Insane asylums Bombay 1873-77 - 1873-1877
Year: 1873
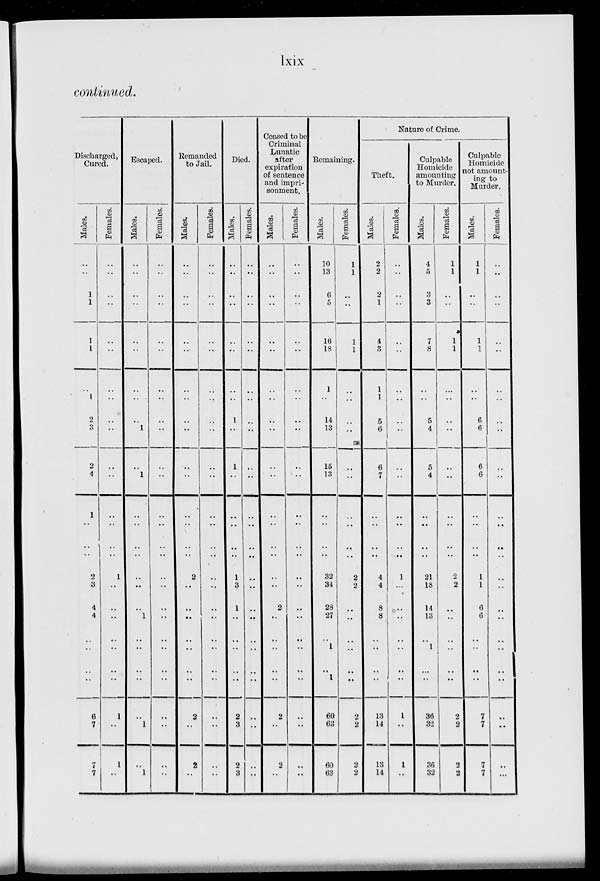
lxix
continued.
Discharged,
Cured.
Males.
..
..
1
1
..
1
1
..
1
2
3
2
4
1
..
..
..
2
3
4
4
..
..
..
..
6
7
7
7
Females.
..
..
..
..
..
..
..
..
..
..
..
..
..
..
..
..
..
1
..
..
..
..
..
..
..
1
..
1
..
Escaped.
Males.
..
..
..
..
..
..
..
..
..
..
1
..
1
..
..
..
..
..
..
..
1
..
..
..
..
..
1
..
1
Females.
..
..
..
..
..
..
..
..
..
..
..
..
..
..
..
..
..
..
..
..
..
..
..
..
..
..
..
..
..
Remanded
to Jail.
Males.
..
..
..
..
..
..
..
..
..
..
..
..
..
..
..
..
..
2
..
..
..
..
..
..
..
2
..
2
..
Females.
..
..
..
..
..
..
..
..
..
..
..
..
..
..
..
..
..
..
..
..
..
..
..
..
..
..
..
..
..
Died.
Males.
..
..
..
..
..
..
..
..
..
1
..
1
..
..
..
..
..
1
3
1
..
..
..
..
..
2
3
2
3
Females.
..
..
..
..
..
..
..
..
..
..
..
..
..
..
..
..
..
..
..
..
..
..
..
..
..
..
..
..
..
Ceased to be
Criminal
Lunatic
after
expiration
of sentence
and impri-
sonment.
Males.
..
..
..
..
..
..
..
..
..
..
..
..
..
..
..
..
..
..
..
2
..
..
..
..
..
2
..
2
..
Females.
..
..
..
..
..
..
..
..
..
..
..
..
..
..
..
..
..
..
..
..
..
..
..
..
..
..
..
..
..
Remaining.
Males.
10
13
6
5
..
16
18
1
..
14
13
15
13
..
..
..
..
32
34
28
27
..
1
..
1
60
63
60
63
Females.
1
1
..
..
..
1
1
..
..
..
..
..
..
..
..
..
..
2
2
..
..
..
..
..
..
2
2
2
2
Nature of Crime.
Theft.
Males.
2
2
2
1
..
4
3
1
1
5
6
6
7
..
..
..
..
4
4
8
8
..
..
..
..
13
11
13
14
Females.
..
..
..
..
..
..
..
..
..
..
..
..
..
..
..
..
..
1
...
..
..
..
..
..
..
1
..
1
..
Culpable
Homicide
amounting
to Murder.
Males.
4
5
3
3
..
7
8
..
..
5
4
5
4
..
..
..
..
21
18
14
13
..
1
..
..
36
32
36
32
Females.
1
1
..
..
..
1
1
..
..
..
..
..
..
..
..
..
..
2
2
..
..
..
..
..
..
2
2
2
2
Culpable
Homicide
not amount-
ing to
Murder.
Males.
1
1
..
..
..
1
1
..
..
6
6
6
6
..
..
..
..
1
1
6
6
..
..
..
..
7
7
7
7
Females.
..
..
..
..
..
..
..
..
..
..
..
..
..
..
..
..
..
..
..
..
..
..
..
..
..
..
..
..
...